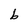
Character: b